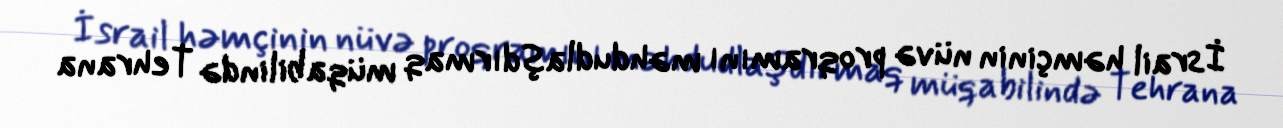
İsrail həmçinin nüvə proqramını məhdudlaşdırmaq müqabilində Tehrana